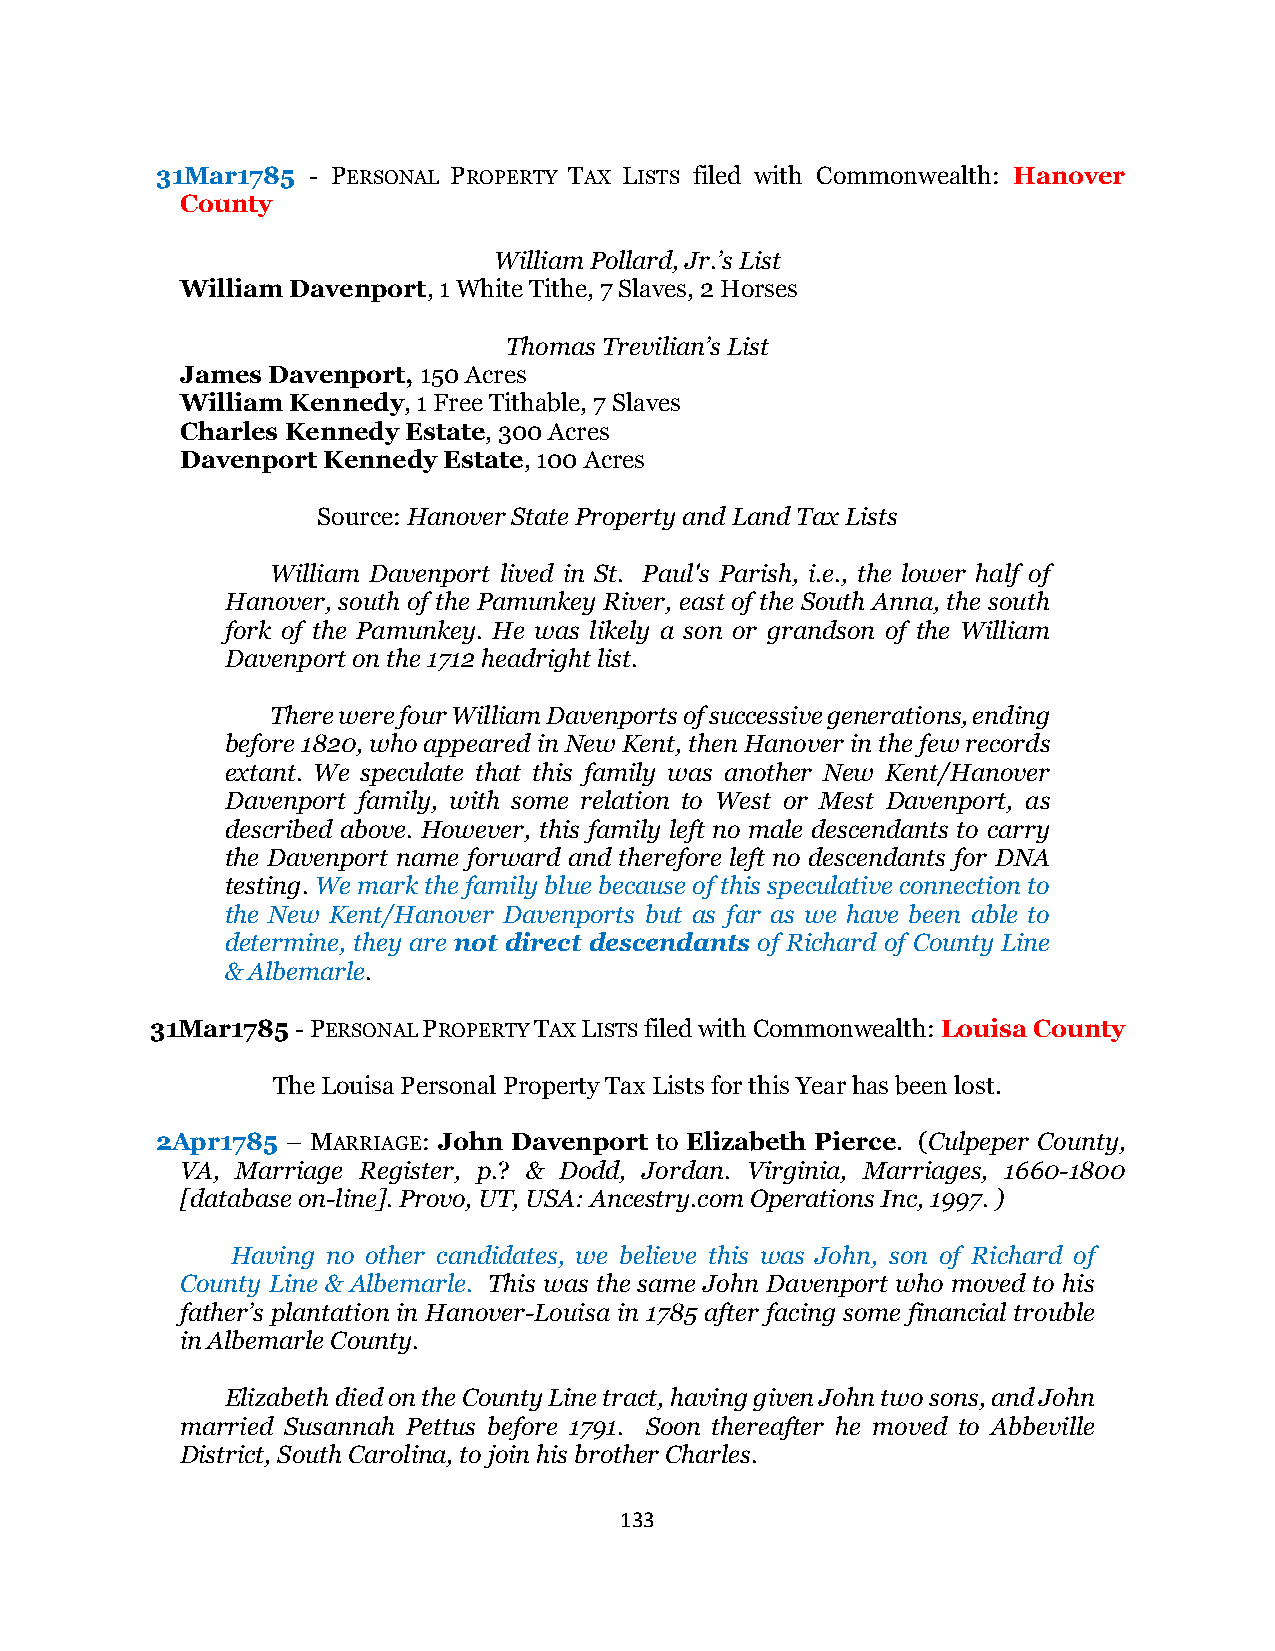
31Mar1785 - PERSONAL PROPERTY TAX LISTS filed with Commonwealth: Hanover
 County
 William Pollard, Jr.’s List
 William Davenport, 1 White Tithe, 7 Slaves, 2 Horses
 Thomas Trevilian’s List
 James Davenport, 150 Acres
 William Kennedy, 1 Free Tithable, 7 Slaves
 Charles Kennedy Estate, 300 Acres
 Davenport Kennedy Estate, 100 Acres
 Source: Hanover State Property and Land Tax Lists
 William Davenport lived in St. Paul's Parish, i.e., the lower half of
 Hanover, south of the Pamunkey River, east of the South Anna, the south
 fork of the Pamunkey. He was likely a son or grandson of the William
 Davenport on the 1712 headright list.
 There were four William Davenports of successive generations, ending
 before 1820, who appeared in New Kent, then Hanover in the few records
 extant. We speculate that this family was another New Kent/Hanover
 Davenport family, with some relation to West or Mest Davenport, as
 described above. However, this family left no male descendants to carry
 the Davenport name forward and therefore left no descendants for DNA
 testing. We mark the family blue because of this speculative connection to
 the New Kent/Hanover Davenports but as far as we have been able to
 determine, they are not direct descendants of Richard of County Line
 & Albemarle.
 31Mar1785 - PERSONAL PROPERTY TAX LISTS filed with Commonwealth: Louisa County
 The Louisa Personal Property Tax Lists for this Year has been lost.
 2Apr1785 – MARRIAGE: John Davenport to Elizabeth Pierce. (Culpeper County,
 VA, Marriage Register, p.? & Dodd, Jordan. Virginia, Marriages, 1660-1800
 [database on-line]. Provo, UT, USA: Ancestry.com Operations Inc, 1997. )
 Having no other candidates, we believe this was John, son of Richard of
 County Line & Albemarle. This was the same John Davenport who moved to his
 father’s plantation in Hanover-Louisa in 1785 after facing some financial trouble
 in Albemarle County.
 Elizabeth died on the County Line tract, having given John two sons, and John
 married Susannah Pettus before 1791. Soon thereafter he moved to Abbeville
 District, South Carolina, to join his brother Charles.
 133